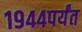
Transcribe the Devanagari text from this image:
१९४४पर्यंत